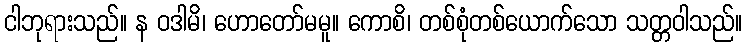
ငါဘုရားသည်။ န ဝဒါမိ၊ ဟောတော်မမူ။ ကောစိ၊ တစ်စုံတစ်ယောက်သော သတ္တဝါသည်။